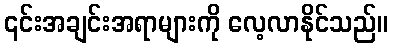
၎င်းအချင်းအရာများကို လေ့လာနိုင်သည်။